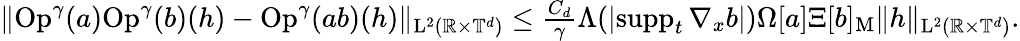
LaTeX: \begin{array}{r}{\Vert\mathrm{Op}^{\gamma}(a)\mathrm{Op}^{\gamma}(b)(h)-\mathrm{Op}^{\gamma}(ab)(h)\Vert_{\mathrm{L}^{2}(\mathbb R\times\mathbb T^{d})}\leq\frac{C_{d}}{\gamma}\Lambda(\vert\mathrm{supp}_{t}\, \nabla_{x}b\vert)\Omega[a]\Xi[b]_{\mathrm{M}}\Vert h\Vert_{\mathrm{L}^{2}(\mathbb R\times\mathbb T^{d})}.}\end{array}